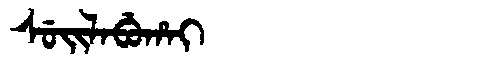
Manchu: ᠰᡠᡳᠯᠠᠪᡠᡥᠠᡳ
Romanization: SUILABUHAI